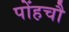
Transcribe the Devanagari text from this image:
पोंहचौ